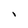
Character: I